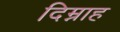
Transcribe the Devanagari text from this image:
दिम्नाह